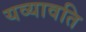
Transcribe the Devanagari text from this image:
यव्यावति